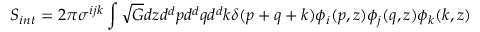
S _ { i n t } = 2 \pi \sigma ^ { i j k } \int \sqrt { G } d z d ^ { d } p d ^ { d } q d ^ { d } k \delta ( p + q + k ) \phi _ { i } ( p , z ) \phi _ { j } ( q , z ) \phi _ { k } ( k , z )